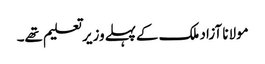
مولانا آزاد ملک کےپہلےوزیرتعلیم تھے۔